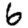
Digit: 6